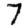
Digit: 7